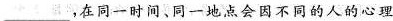
___，在同一时间、同一地点会因不同的人的心理